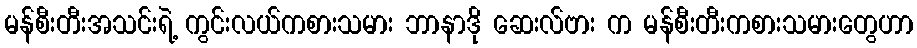
မန်စီးတီးအသင်းရဲ့ ကွင်းလယ်ကစားသမား ဘာနာဒို ဆေးလ်ဗား က မန်စီးတီးကစားသမားတွေဟာ